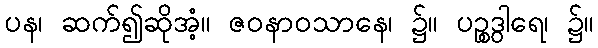
ပန၊ ဆက်၍ဆိုအံ့။ ဇဝနာဝသာနေ၊ ၌။ ပဉ္စဒွါရေ၊ ၌။